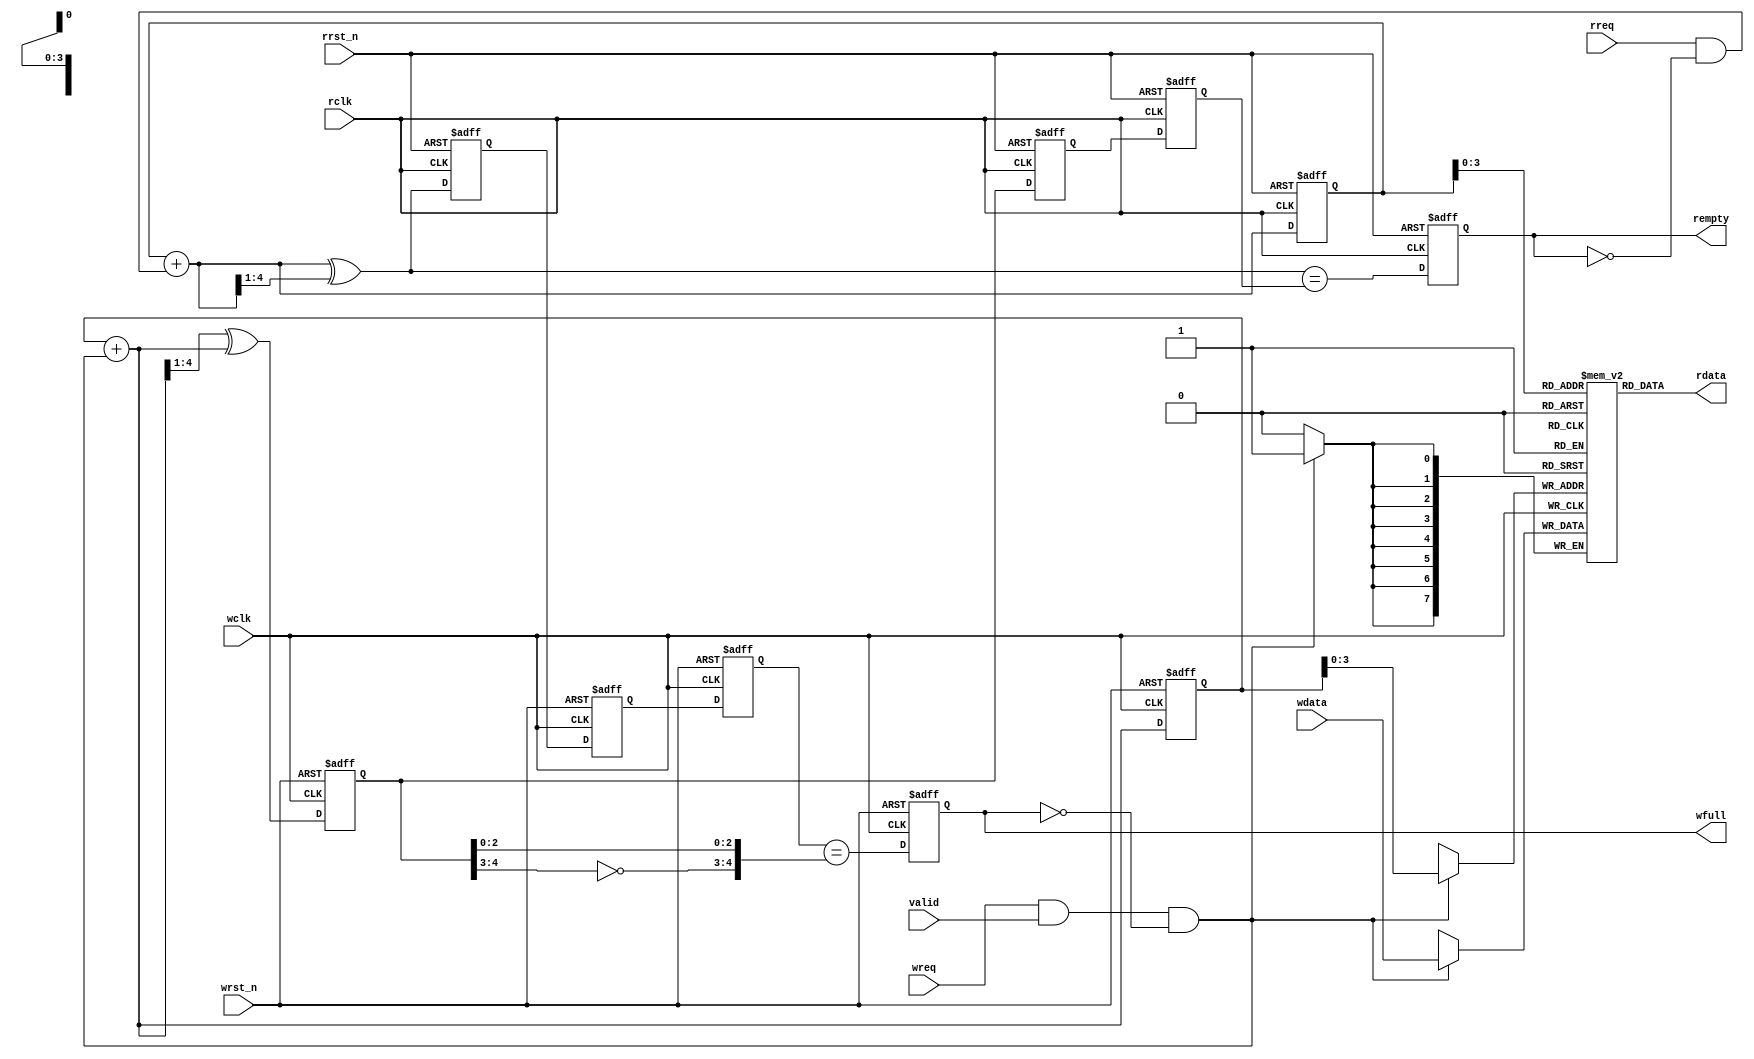
// Asynchronous memory with gray code pointer exchange
// 2^n depth supported
// Source: https://github.com/Jagannaths3/async_fifo/blob/master/async_fifo.v

`default_nettype none
`timescale 1ps/1ps

module async_fifo #(
    parameter DSIZE = 8,
    parameter ASIZE = 4
) (
    input   valid,
    input   wreq, wclk, wrst_n,
    input   rreq, rclk, rrst_n,
    input   [DSIZE-1:0] wdata,
    output  [DSIZE-1:0] rdata,
    output  reg wfull,
    output  reg rempty
);

reg     [ASIZE:0]   wq2_rptr, wq1_rptr, rptr;
reg     [ASIZE:0]   rq2_wptr, rq1_wptr, wptr;
wire    rempty_val;
wire    [ASIZE : 0] rptr_nxt;
wire    [ASIZE-1:0] raddr;
reg     [ASIZE:0] rbin;
wire    [ASIZE:0] rbin_nxt;
wire    [ASIZE-1:0] waddr;
reg     [ASIZE:0] wbin;
wire    [ASIZE:0] wbin_nxt;
wire    [ASIZE : 0] wptr_nxt;

// synchronizing rptr to wclk
always @(posedge wclk or negedge wrst_n) begin
    if(!wrst_n)
        {wq2_rptr, wq1_rptr} <= 2'b0;
    else
        {wq2_rptr, wq1_rptr} <= {wq1_rptr, rptr};
end

// synchronizing wptr to rclk
always @(posedge rclk or negedge rrst_n) begin
    if(!rrst_n)
        {rq2_wptr, rq1_wptr} <= 2'b0;
    else
        {rq2_wptr, rq1_wptr} <= {rq1_wptr, wptr};
end

// generating rempty condition
//reg     rempty;
assign  rempty_val = (rptr_nxt == rq2_wptr); 

always @(posedge rclk or negedge rrst_n) begin
    if(!rrst_n)
        rempty <= 1'b0;
    else
        rempty <= rempty_val;
end

// generating read address for fifomem
assign rbin_nxt = rbin + (rreq & ~rempty);

always @ (posedge rclk or negedge rrst_n) 
    if (!rrst_n)
        rbin <= 0;
    else 
        rbin <= rbin_nxt;
assign raddr = rbin[ASIZE-1:0]; 

// generating rptr to send to wclk domain
// convert from binary to gray
assign rptr_nxt = rbin_nxt ^ (rbin_nxt>>1);

always @ (posedge rclk or negedge rrst_n)
    if (!rrst_n)
        rptr <= 0;
    else 
        rptr <= rptr_nxt;

// generating write address for fifomem
assign wbin_nxt = wbin + (wreq & valid & !wfull);

always @ (posedge wclk or negedge wrst_n)
    if(!wrst_n)
        wbin <= 0;
    else
        wbin <= wbin_nxt;

assign waddr = wbin [ASIZE-1:0];

// generating wptr to send to rclk domain
// convert from binary to gray
assign wptr_nxt = (wbin_nxt>>1) ^ wbin_nxt; 

always @ (posedge wclk or negedge wrst_n)
    if(!wrst_n)
        wptr <= 0;
    else
        wptr <= wptr_nxt;

// generate wfull condition
wire wfull_val;
assign wfull_val = (wq2_rptr == {~wptr[ASIZE : ASIZE-1],wptr[ASIZE-2 : 0]});

always @ (posedge wclk or negedge wrst_n)
    if (!wrst_n)
        wfull <= 0;
    else 
        wfull <= wfull_val;

// fifomem
// Using Verilog memory model
localparam DEPTH = (1 << (ASIZE));
reg [DSIZE-1 : 0] mem [0: DEPTH -1];

assign rdata = mem[raddr];

always @ (posedge wclk)
    if (wreq & valid & !wfull) mem[waddr] <= wdata;

endmodule